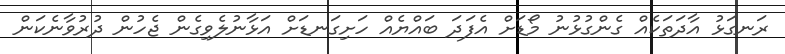
ރަނގަޅު އާދަތަކެއް ގެންގުޅުނު މޯޑަށް އެފަދަ ބައްޔެއް ހަށިގަނޑަށް އަޅާނުލެވިގެން ޖެހުން ދުރުވާނެކަން